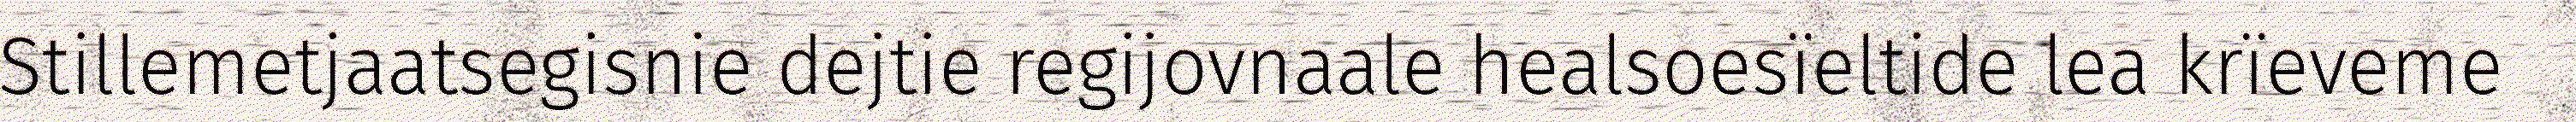
Stillemetjaatsegisnie dejtie regijovnaale healsoesïeltide lea krïeveme